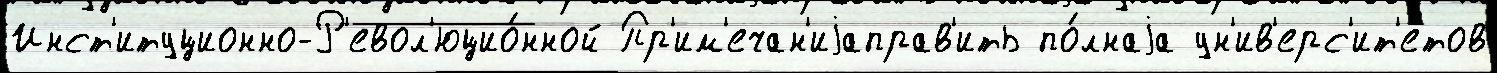
Инст'итуционно-Р'евол'юцио́нной Пр'им'ечан'иjаправ'ить по́лнаjа ун'ив'ерс'ит'е́тов